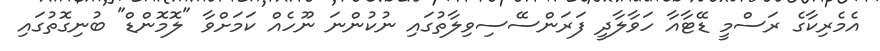
އެމެރިކާގެ ރަސްމީ ޑޭޓާއާ ހަވާލާދީ ފަރަންސޭސިވިލާތުގައި ނުކުންނަ ނޫހެއް ކަމަށްވާ "ލޮމޮންޑް" ބުނިގޮތުގައި